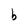
Character: b